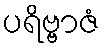
ပရိဗ္ဗာဇံ